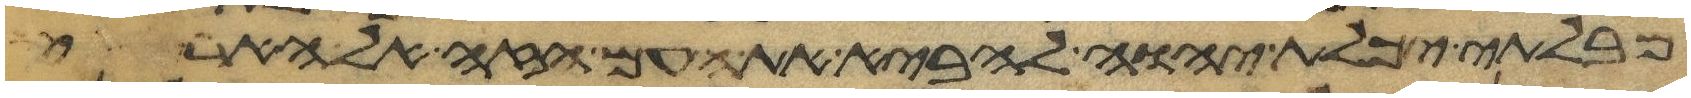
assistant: מבלתי יכלת יהוה להביא את העם הזה אל הארץ